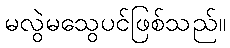
မလွဲမသွေပင်ဖြစ်သည်။